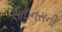
સાઇનસની